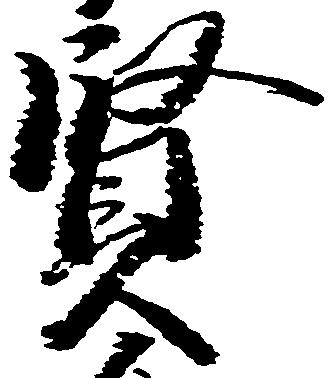
賢